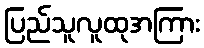
ပြည်သူလူထုအကြား